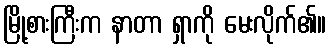
မြို့စားကြီးက နာတာ ရှာကို မေးလိုက်၏။